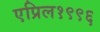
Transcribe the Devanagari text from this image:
एप्रिल१९९६